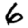
Digit: 6